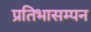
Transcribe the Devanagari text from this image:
प्रतिभासम्पन